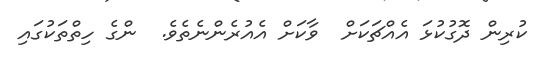
ކުރިން ދޮގުކުޅަ އެއްޗަކަށް  ވާކަށް އެއުރެންނެތެވެ.  ންގެ ހިތްތަކުގައި